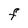
Character: F